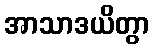
အာသာဒယိတွာ